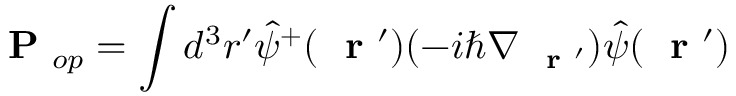
\mathrm { ~ \bf ~ P ~ } _ { o p } = \int d ^ { 3 } r ^ { \prime } \hat { \psi } ^ { + } ( \mathrm { ~ \bf ~ r ~ } ^ { \prime } ) ( - i \hbar \nabla _ { \mathrm { ~ \bf ~ r ~ } ^ { \prime } } ) \hat { \psi } ( \mathrm { ~ \bf ~ r ~ } ^ { \prime } )